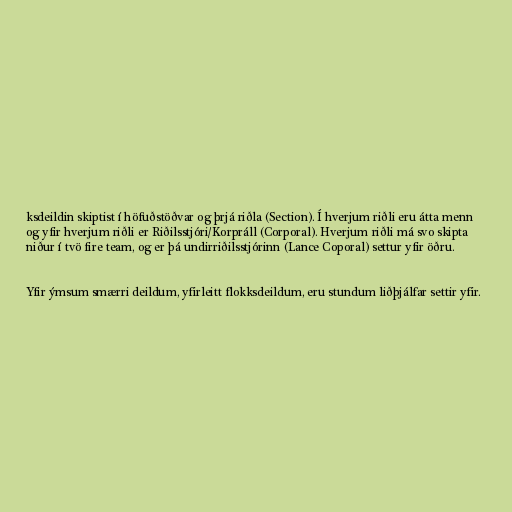
ksdeildin skiptist í höfuðstöðvar og þrjá riðla (Section). Í hverjum riðli eru átta menn
og yfir hverjum riðli er Riðilsstjóri/Korpráll (Corporal). Hverjum riðli má svo skipta
niður í tvö fire team, og er þá undirriðilsstjórinn (Lance Coporal) settur yfir öðru.

Yfir ýmsum smærri deildum, yfirleitt flokksdeildum, eru stundum liðþjálfar settir yfir.